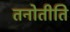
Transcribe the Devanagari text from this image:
तनोतीति